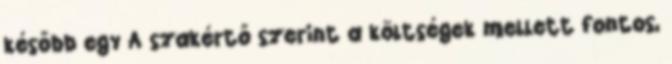
később egy A szakértő szerint a költségek mellett fontos,